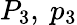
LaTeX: P_{3},\ p_{3}